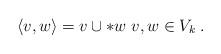
LaTeX: \begin{align*}\langle v,w \rangle = v \cup \ast w \; v,w \in V_k \; .\end{align*}